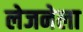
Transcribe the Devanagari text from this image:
लेजनेला